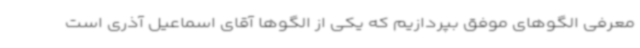
معرفی الگوهای موفق بپردازیم که یکی از الگوها آقای اسماعیل آذری است